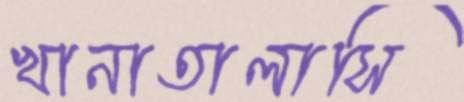
খানাতালাসি